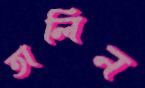
তালিন